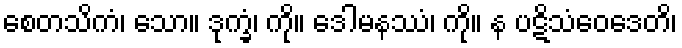
စေတသိကံ၊ သော။ ဒုက္ခံ၊ ကို။ ဒေါမနဿံ၊ ကို။ န ပဋိသံဝေဒေတိ၊